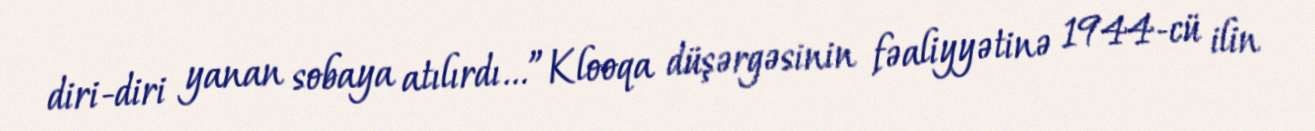
diri-diri yanan sobaya atılırdı...”Klooqa düşərgəsinin fəaliyyətinə 1944-cü ilin